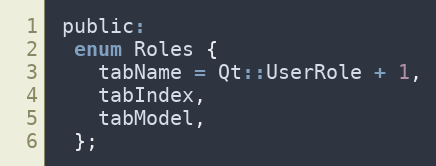
Language: C
 public:
  enum Roles {
    tabName = Qt::UserRole + 1,
    tabIndex,
    tabModel,
  };